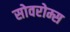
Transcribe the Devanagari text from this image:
सोवरोम्स